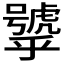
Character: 𱿕